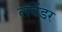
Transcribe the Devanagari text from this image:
लॅवेंडर